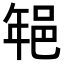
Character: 𨚽